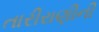
તારીરાણીની